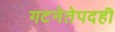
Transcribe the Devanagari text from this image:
गटनेतेपदही